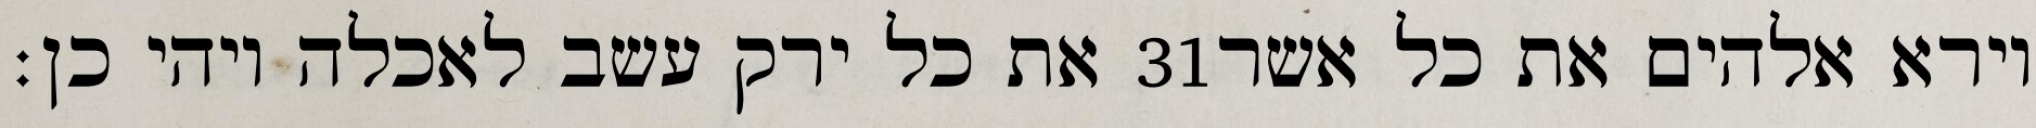
את כל ירק עשב לאכלה ויהי כן׃ ‎31‏ וירא אלהים את כל אשר